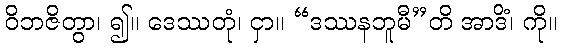
ဝိဘဇိတွာ၊ ၍။ ဒေဿတုံ၊ ငှာ။ “ဒဿနဘူမီ”တိ အာဒိံ၊ ကို။